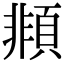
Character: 䫍